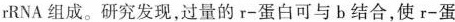
rRNA组成。研究发现，过量的r-蛋白可与b结合，使r-蛋